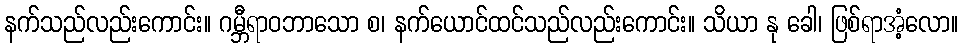
နက်သည်လည်းကောင်း။ ဂမ္ဘီရာဝဘာသော စ၊ နက်ယောင်ထင်သည်လည်းကောင်း။ သိယာ နု ခေါ၊ ဖြစ်ရာအံ့လော။